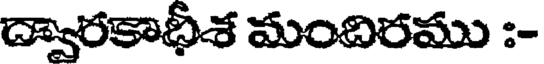
ద్వారకాధీశ మందిరము :-